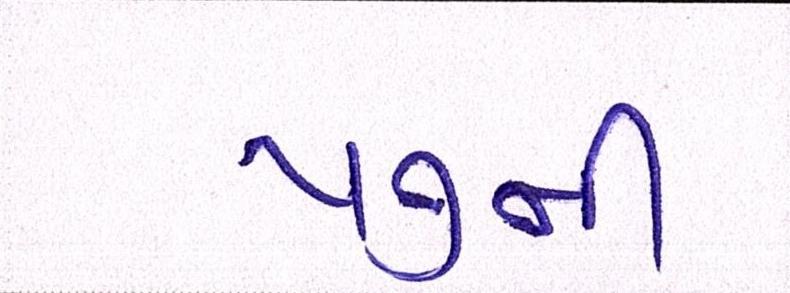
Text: ૫૭ની